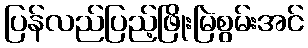
ပြန်လည်ပြည့်ဖြိုးမြဲစွမ်းအင်